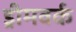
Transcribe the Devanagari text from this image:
ड्रीमवर्क